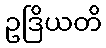
ဥဒြိယတိ